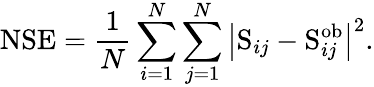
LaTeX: \mathrm{NSE}=\frac{1}{N}\sum_{i=1}^{N}\sum_{j=1}^{N}{\left|\mathrm{S}_{ij}-\mathrm{S}_{ij}^{\mathrm{ob}}\right|}^{2}.